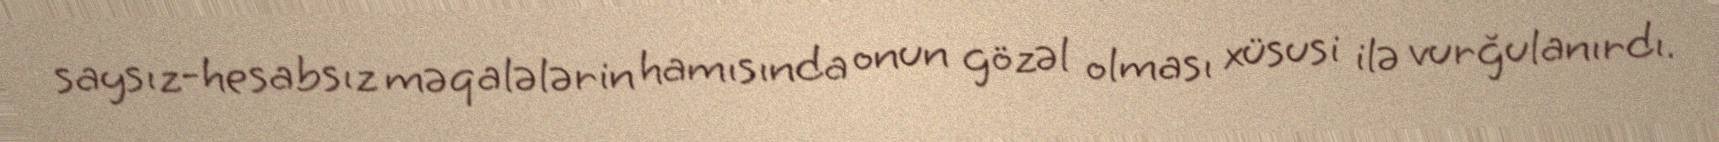
saysız-hesabsız məqalələrin hamısında onun gözəl olması xüsusi ilə vurğulanırdı.